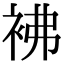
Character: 𧙂